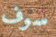
سوف